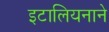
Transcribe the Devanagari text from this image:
इटालियनाने